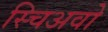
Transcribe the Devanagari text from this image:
स्चिअवो